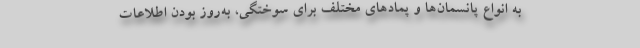
به انواع پانسمان‌ها و پمادهای مختلف برای سوختگی، به‌روز بودن اطلاعات